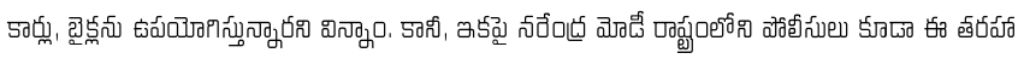
కార్లు, బైక్లను ఉపయోగిస్తున్నారని విన్నాం. కానీ, ఇకపై నరేంద్ర మోడీ రాష్ట్రంలోని పోలీసులు కూడా ఈ తరహా